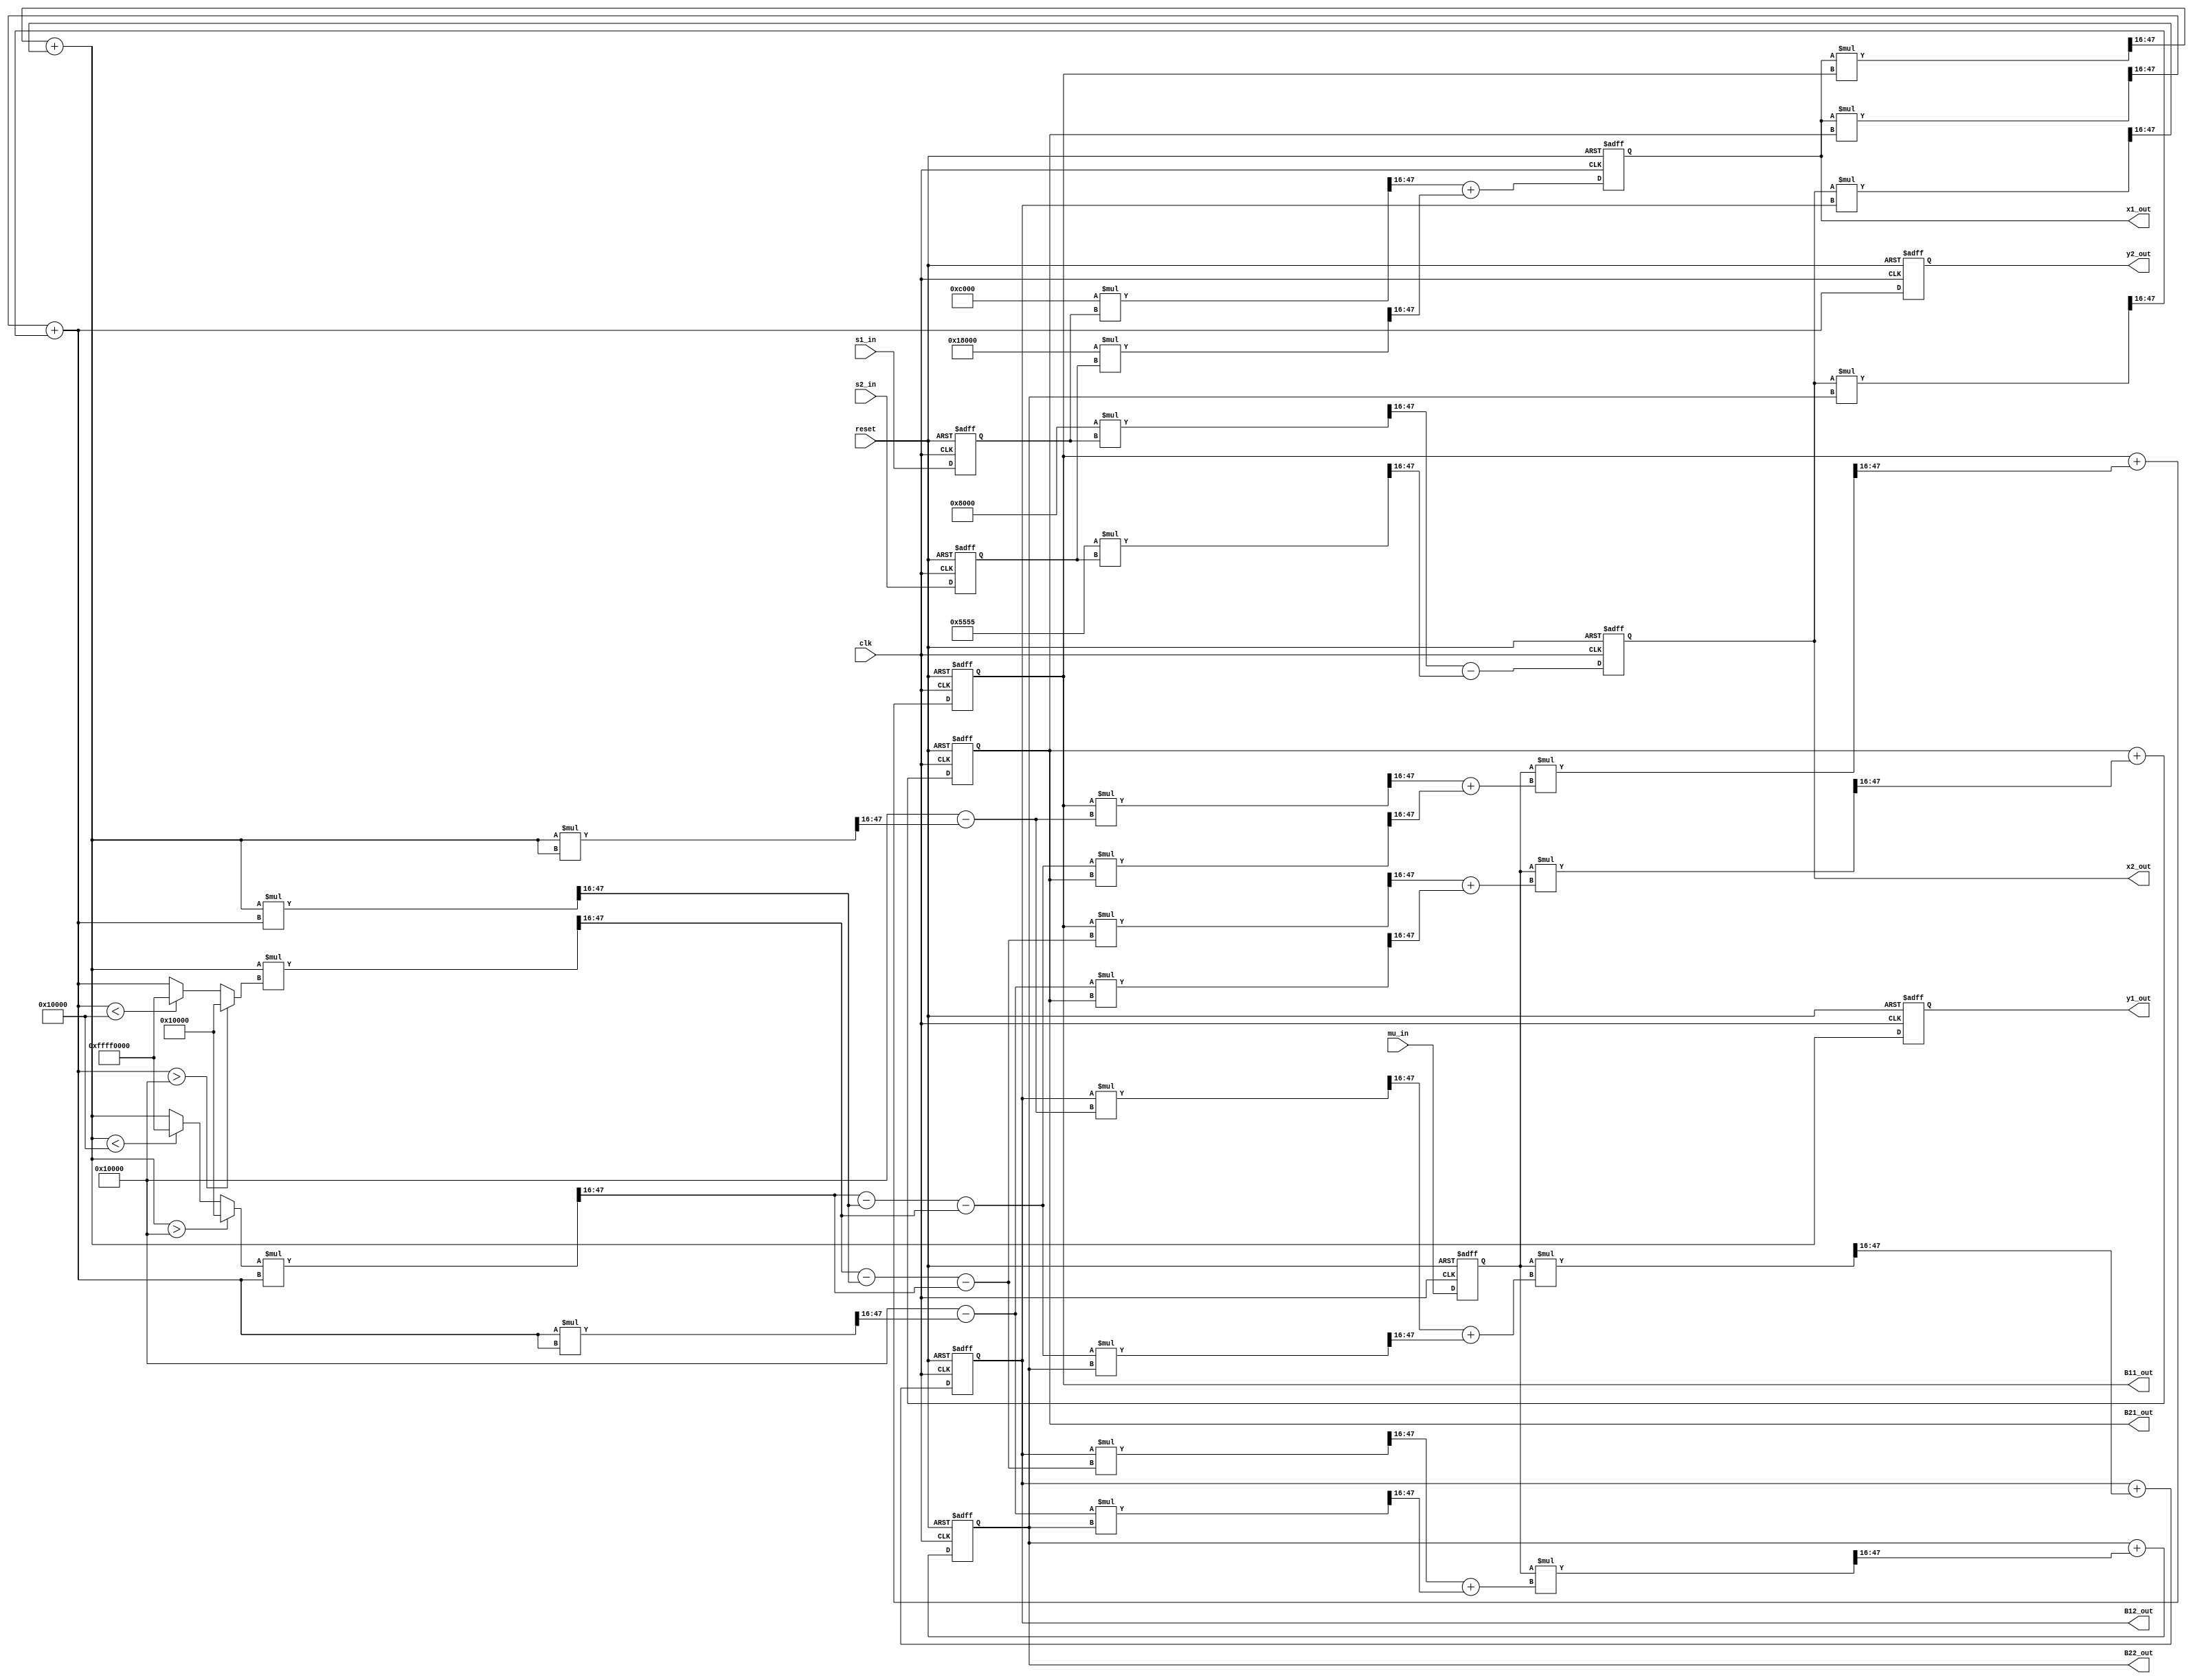
//*********************************************************
// IEEE STD 1364-2001 Verilog file: ica.v
// Author-EMAIL: Uwe.Meyer-Baese@ieee.org
//*********************************************************

module ica // ------> Interface
( input clk,  // System clock
  input reset,  // Asynchron reset
  input signed [31:0] s1_in,  // 1. signal input
  input signed [31:0] s2_in,  // 2. signal input
  input signed [31:0] mu_in, // Learning rate
  output signed [31:0] x1_out, // Mixing 1. output
  output signed [31:0] x2_out, // Mixing 2. output
  output signed [31:0] B11_out, // Demixing 1,1
  output signed [31:0] B12_out, // Demixing 1,2
  output signed [31:0] B21_out, // Demixing 2,1
  output signed [31:0] B22_out, // Demixing 2,2
  output reg signed [31:0] y1_out, // 1. component output
  output reg signed [31:0] y2_out); // 2. component output

// --------------------------------------------------------
// All data and coefficients are in 16.16 format
reg signed [31:0] s, s1, s2, x1, x2, B11, B12, B21, B22;
reg signed [31:0] y1, y2, f1, f2, H11, H12, H21, H22, mu;
reg signed [31:0] DB11, DB12, DB21, DB22;
// Product double bit width
reg signed [63:0] a11s1, a12s2, a21s1, a22s2;
reg signed [63:0] x1B11, x2B12, x1B21, x2B22;
reg signed [63:0] y1y1, y2f1, y1y2, y1f2, y2y2;
reg signed [63:0] muDB11, muDB12, muDB21, muDB22;
reg signed [63:0] B11H11, H12B21, B12H11, H12B22;
reg signed [63:0] B11H21, H22B21, B12H21, H22B22;
wire signed [31:0] a11, a12, a21, a22, one, negone;

assign a11 = 32'h0000C000; // 0.75
assign a12 = 32'h00018000; // 1.5
assign a21 = 32'h00008000; // 0.5
assign a22 = 32'h00005555; // 0.333333
assign one = 32'h00010000; // 1.0
assign negone = 32'hFFFF0000; // -1.0

always @(posedge clk or posedge reset) begin : P1  // ICA using EASI
    if (reset) begin // reset/initialize all registers
        x1 <= 0; 
        x2 <= 0; 
        y1_out <= 0; 
        y2_out <= 0;
        B11 <= one; 
        B12 <= 0; 
        s1 <= 0; 
        mu <= 0;
        B21 <= 0; 
        B22 <= one; 
        s2 <= 0;
    end else begin
        s1 <= s1_in; // place inputs in registers
        s2 <= s2_in;
        mu <= mu_in;
        // Mixing matrix
        a11s1 = a11 * s1; a12s2 = a12 * s2;
        x1 <= (a11s1 >>> 16) + (a12s2 >>> 16);
        a21s1 = a21 * s1; a22s2 = a22 * s2;
        x2 <= (a21s1 >>> 16) - (a22s2 >>> 16);
        // New y values first
        x1B11 = x1 * B11; x2B12 = x2 * B12;
        y1 = (x1B11 >>> 16) + (x2B12 >>> 16);
        x1B21 = x1 * B21; x2B22 = x2 * B22;
        y2 = (x1B21 >>> 16) + (x2B22 >>> 16);
        // compute the H matrix
        // Build tanh approximation function for f1
        if (y1 > one) 
            f1 = one;
        else if (y1 < negone) 
            f1 = negone;
        else 
            f1 = y1;
        // Build tanh approximation function for f2
        if (y2 > one) 
            f2 = one;
        else if (y2 < negone) 
            f2 = negone;
        else 
            f2 = y2;
        y1y1 = y1 * y1;
        H11 = one - (y1y1 >>> 16) ;
        y2f1 = f1 * y2; y1y2 = y1 * y2; y1f2 = y1 * f2;
        H12 = (y2f1 >>> 16) - (y1y2 >>> 16) - (y1f2 >>> 16);
        H21 = (y1f2 >>> 16) - (y1y2 >>> 16) - (y2f1 >>> 16);
        y2y2 = y2 * y2;
        H22 = one - (y2y2 >>> 16);
        // update matrix Delta B
        B11H11 = B11 * H11; H12B21 = H12 * B21;
        DB11 = (B11H11 >>> 16) + (H12B21 >>> 16);
        B12H11 = B12 * H11; H12B22 = H12 * B22;
        DB12 = (B12H11 >>> 16) + (H12B22 >>> 16);
        B11H21 = B11 * H21; H22B21 = H22 * B21;
        DB21 = (B11H21 >>> 16) + (H22B21 >>> 16);
        B12H21 = B12 * H21; H22B22 = H22 * B22;
        DB22 = (B12H21 >>> 16) + (H22B22 >>> 16);
        // Store update matrix B in registers
        muDB11 = mu * DB11; muDB12 = mu * DB12;
        muDB21 = mu * DB21; muDB22 = mu * DB22;
        B11 <= B11 + (muDB11 >>> 16) ;
        B12 <= B12 + (muDB12 >>> 16);
        B21 <= B21 + (muDB21 >>> 16);
        B22 <= B22 + (muDB22 >>> 16);
        // register y output
        y1_out <= y1;
        y2_out <= y2;
    end
end

assign x1_out = x1; // Redefine bits as 32 bit SLV
assign x2_out = x2;
assign B11_out = B11;
assign B12_out = B12;
assign B21_out = B21;
assign B22_out = B22;

endmodule